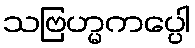
သဗြဟ္မကပ္ပေါ